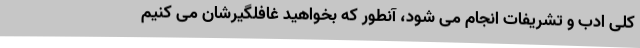
کلی ادب و تشریفات انجام می شود، آنطور که بخواهید غافلگیرشان می کنیم